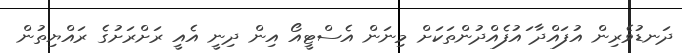
ދަނޑުވެރިން އުފައްދާ ައުފެއްދުންތަކަށް މިނަން އެސްޓީއޯ އިން ދިނީ އެއީ ރަށްރަށުގެ ރައްޔިތުން